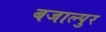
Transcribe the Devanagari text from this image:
बजाल्पुर